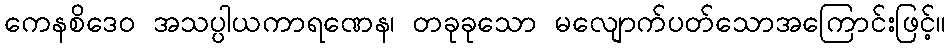
ကေနစိဒေဝ အသပ္ပါယကာရဏေန၊ တခုခုသော မလျောက်ပတ်သောအကြောင်းဖြင့်။